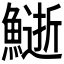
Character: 𩻔